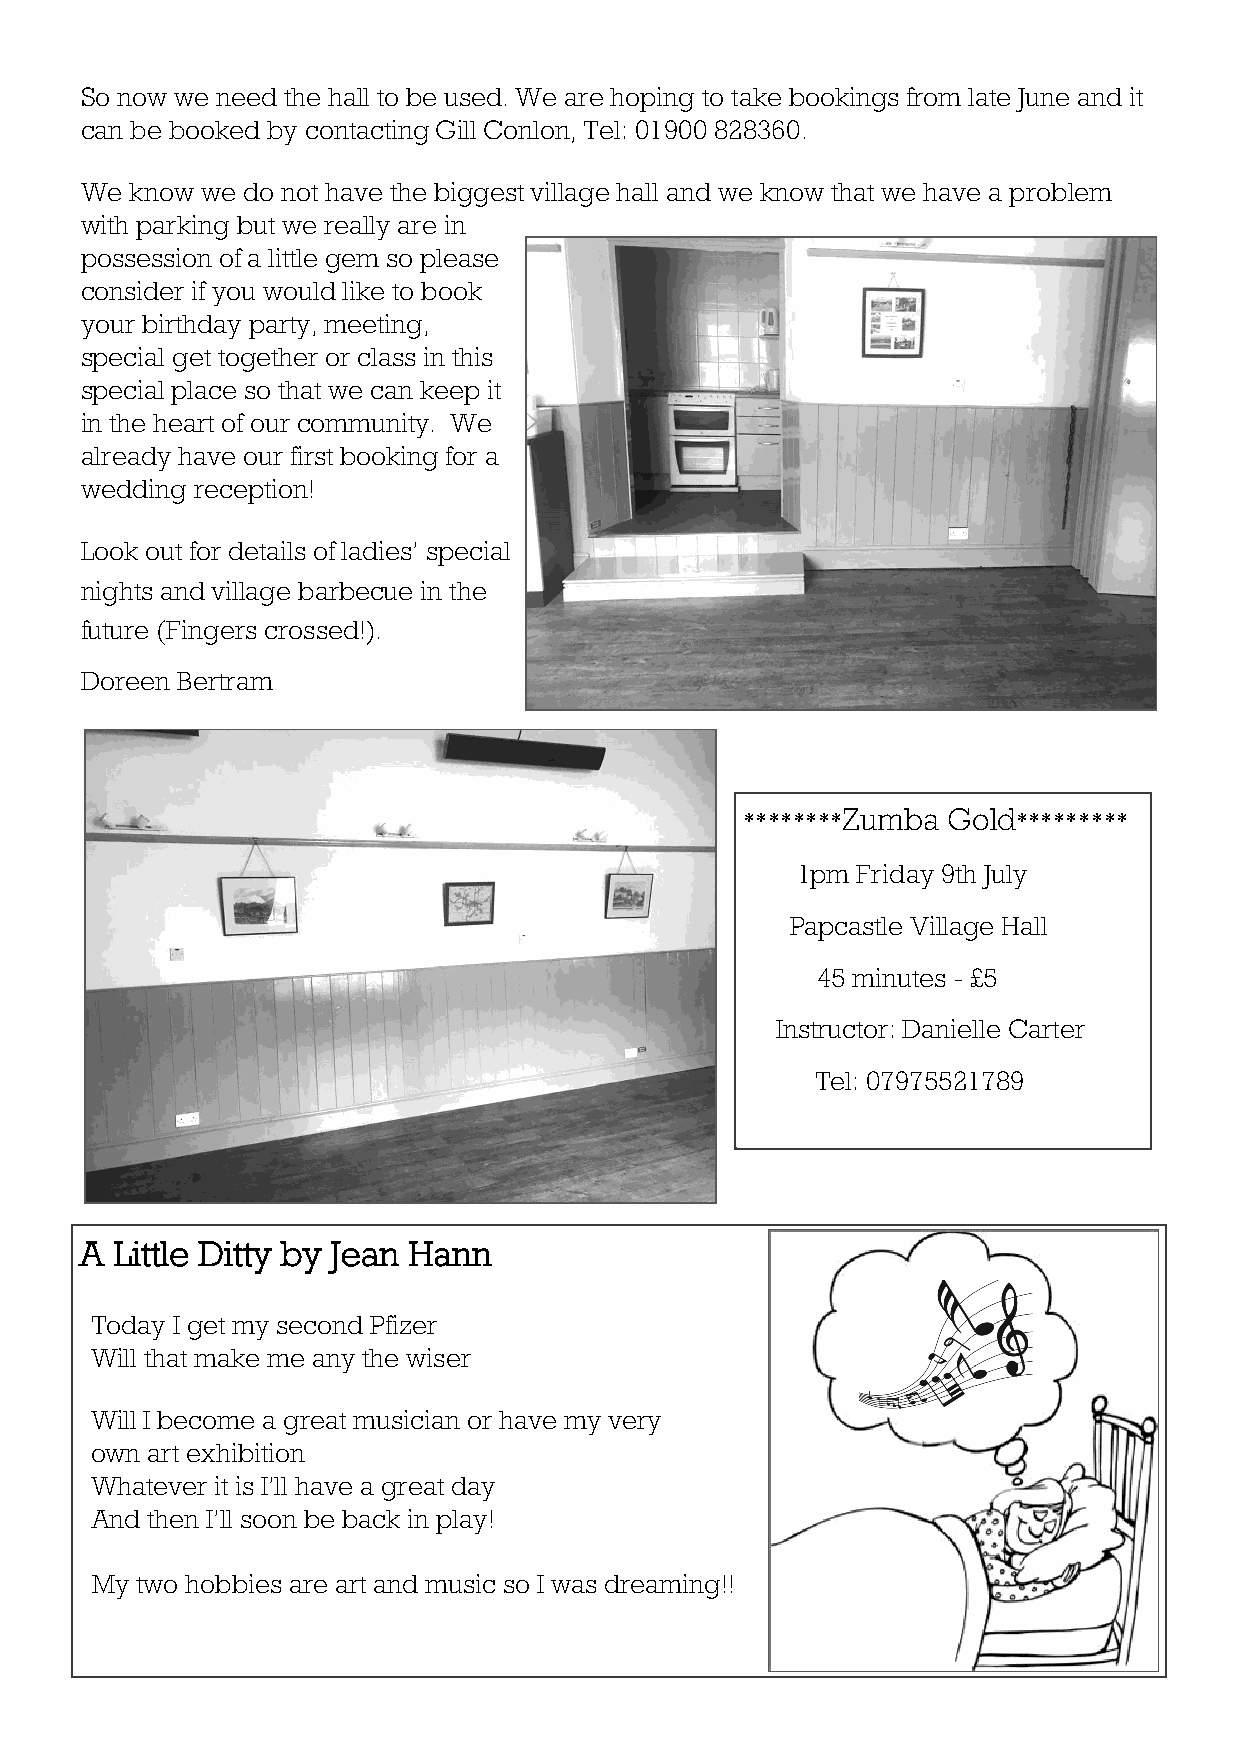
So now we need the hall to be used. We are hoping to take bookings from late June and it
 can be booked by contacting Gill Conlon, Tel: 01900 828360.
 We  know we do not have the biggest village hall and we know that we have a problem
 with parking but we really are in
 possession of a little gem so please
 consider if you would like to book
 your birthday party, meeting,
 special get together or class in this
 special place so that we can keep it
 in the heart of our community. We
 already have our first booking for a
 wedding reception!
 Look out for details of ladies’ special
 nights and village barbecue in the
 future (Fingers crossed!).
 Doreen Bertram
 ********Zumba Gold*********
 1pm Friday 9th July
 Papcastle Village Hall
 45 minutes - £5
 Instructor: Danielle Carter
 Tel: 07975521789
 A  Little Ditty by Jean Hann
 Today I get my second Pfizer
 Will that make me any the wiser
 Will I become a great musician or have my very
 own art exhibition
 Whatever it is I’ll have a great day
 And then I’ll soon be back in play!
 My two hobbies are art and music so I was dreaming!!